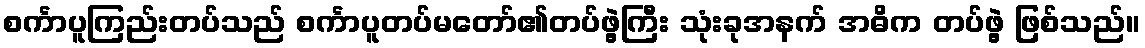
စင်္ကာပူကြည်းတပ်သည် စင်္ကာပူတပ်မတော်၏တပ်ဖွဲ့ကြီး သုံးခုအနက် အဓိက တပ်ဖွဲ့ ဖြစ်သည်။